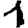
Digit: 1